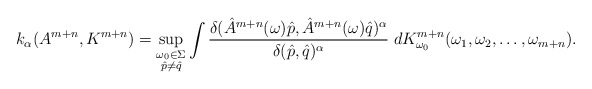
\begin{align*}k_\alpha(A^{m+n},K^{m+n})= \sup_{\substack {{\omega_0 \in \Sigma} \\ \hat{p} \neq \hat{q}}} \int \frac{\delta(\hat{A}^{m+n}(\omega)\hat{p}, \hat{A}^{m+n}(\omega)\hat{q})^\alpha}{\delta(\hat{p},\hat{q})^\alpha} \;dK^{m+n}_{\omega_0}(\omega_1,\omega_2, \dots , \omega_{m+n}).\end{align*}